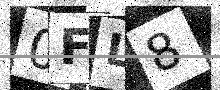
Text: 0FL8